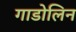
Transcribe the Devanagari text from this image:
गाडोलिन